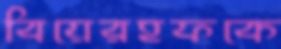
বিয়েরহফকে